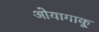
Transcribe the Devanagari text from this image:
ओयागाकू